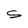
Character: S